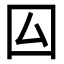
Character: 囜